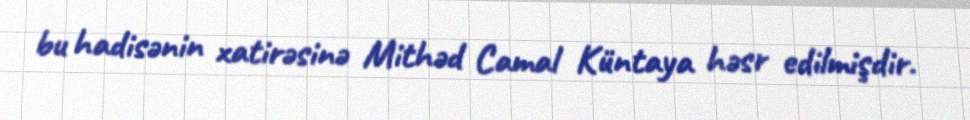
bu hadisənin xatirəsinə Mithəd Camal Küntaya həsr edilmişdir.